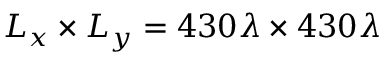
L _ { x } \times L _ { y } = 4 3 0 \lambda \times 4 3 0 \lambda